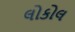
લોકોલ